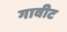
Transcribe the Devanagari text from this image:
गावीट